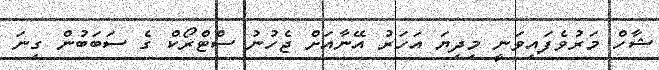
ޝާހް މަރުވެފައިވަނީ މިދިޔަ އަހަރު އޭނާއަށް ޖެހުނު ސްޓްރޯކް ގެ ސަބަބުން ގިނަ